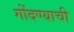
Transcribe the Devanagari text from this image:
गोंदण्याची